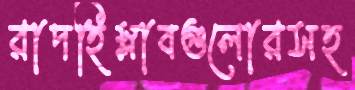
রাদহিস্লাবগুলোরসহ